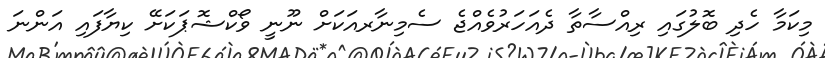
މިކަމާ ހެދި ބޮލުގައި ރިއްސާތާ ދެއަހަރުވެއްޖެ ސެމިނާރއަކަށް ނޫނީ ވޯކްޝޮޕަކަށޭ ކިޔާފައި އަންނަ